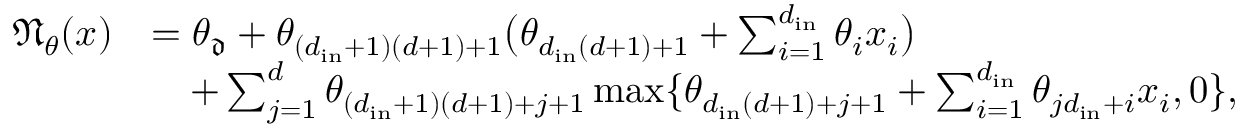
\begin{array} { r l } { \textstyle \mathfrak { N } _ { \theta } ( x ) } & { = \textstyle \theta _ { \mathfrak { d } } + \theta _ { ( d _ { \mathrm { i n } } + 1 ) ( d + 1 ) + 1 } \bigl ( \theta _ { d _ { \mathrm { i n } } ( d + 1 ) + 1 } + \sum _ { i = 1 } ^ { d _ { \mathrm { i n } } } \theta _ { i } x _ { i } \bigr ) } \\ & { \quad \textstyle + \sum _ { j = 1 } ^ { d } \theta _ { ( d _ { \mathrm { i n } } + 1 ) ( d + 1 ) + j + 1 } \operatorname* { m a x } \{ \theta _ { d _ { \mathrm { i n } } ( d + 1 ) + j + 1 } + \sum _ { i = 1 } ^ { d _ { \mathrm { i n } } } \theta _ { j d _ { \mathrm { i n } } + i } x _ { i } , 0 \} , } \end{array}